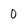
Character: O